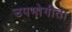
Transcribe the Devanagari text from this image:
उपभोगीता